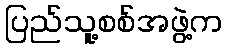
ပြည်သူ့စစ်အဖွဲ့က